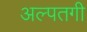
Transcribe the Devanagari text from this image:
अल्पतगी